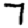
Digit: 7